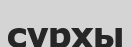
сурхы